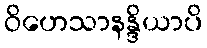
ဝိဟေသာနန္ဒိယာပိ